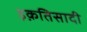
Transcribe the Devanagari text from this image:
इक़तिसादी